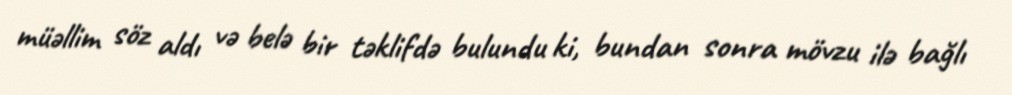
müəllim söz aldı və belə bir təklifdə bulundu ki, bundan sonra mövzu ilə bağlı